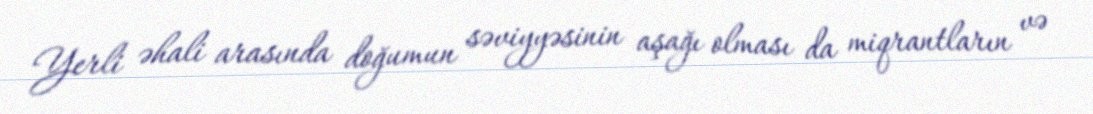
Yerli əhali arasında doğumun səviyyəsinin aşağı olması da miqrantların və